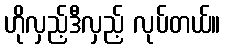
ဟိုလှည့်ဒီလှည့် လုပ်တယ်။